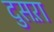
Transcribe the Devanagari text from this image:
दुसऱा